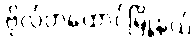
ဗိုလ်တထောင်မြို့နယ်